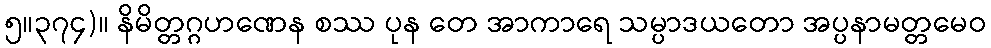
၅။၃၇၄)။ နိမိတ္တဂ္ဂဟဏေန စဿ ပုန တေ အာကာရေ သမ္ပာဒယတော အပ္ပနာမတ္တမေဝ